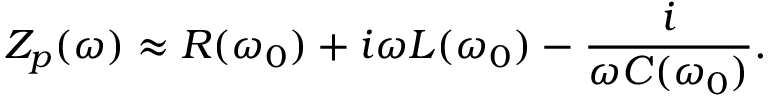
Z _ { p } ( \omega ) \approx R ( \omega _ { 0 } ) + i \omega L ( \omega _ { 0 } ) - \frac { i } { \omega C ( \omega _ { 0 } ) } .